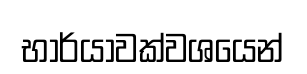
භාර්යාවක්වශයෙන්